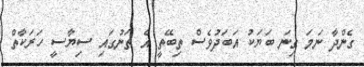
ގެންދާ ނަމަ ގިނަ ބަޔަކު އަބަދުވެސް ތިބޭތީ އެ ތަނުގައި ސިޔާސީ ހަރަކާތް